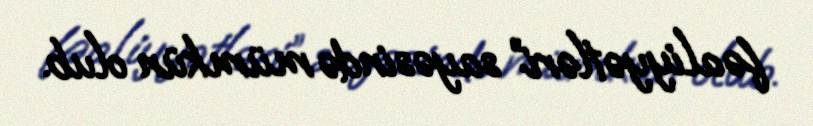
fəaliyyətləri” sayəsində mümkün olub.